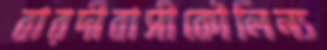
বারদীবাসীকৌলিন্য